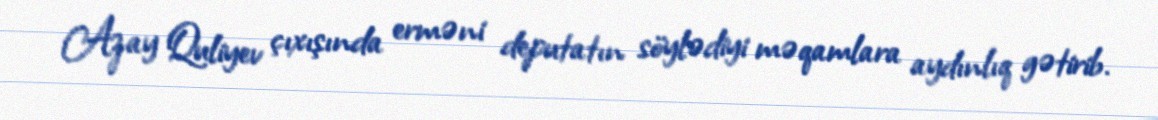
Azay Quliyev çıxışında erməni deputatın söylədiyi məqamlara aydınlıq gətirib.